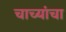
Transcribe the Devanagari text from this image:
चाच्यांचा